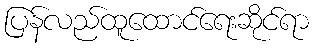
ပြန်လည်ထူထောင်ရေးဆိုင်ရာ